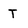
Character: T